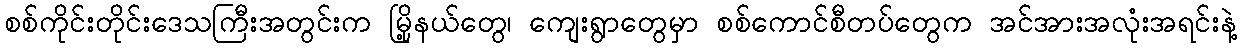
စစ်ကိုင်းတိုင်းဒေသကြီးအတွင်းက မြို့နယ်တွေ၊ ကျေးရွာတွေမှာ စစ်ကောင်စီတပ်တွေက အင်အားအလုံးအရင်းနဲ့